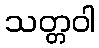
သတ္တဝါ